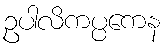
ဥပါလိကပ္ပကေန